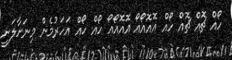
ހޯއް ޗޮއް ޗޮއް ހޯއް އޮއޮއޯއޯ އޮއޮއޯއޯ ހޯއް ހޯއް އަހަރުމެން މިނަށާލަނީ